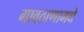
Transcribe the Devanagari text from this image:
गावठाणामधे